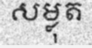
សម្លុត